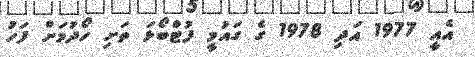
އެއީ 1977 އަދި 1978 ގެ ގައުމީ ފުޓްބޯޅަ ތަށި ހޯދުމަށް ފަހު